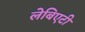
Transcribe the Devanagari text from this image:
लेबिएटी